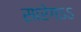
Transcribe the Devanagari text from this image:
सारेगऽऽ